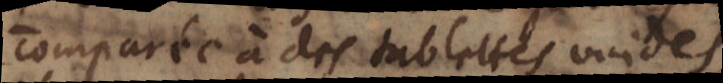
comparée à des tablettes vuides,